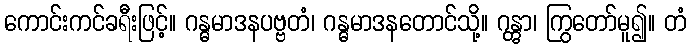
ကောင်းကင်ခရီးဖြင့်။ ဂန္ဓမာဒနပဗ္ဗတံ၊ ဂန္ဓမာဒနတောင်သို့။ ဂန္တွာ၊ ကြွတော်မူ၍။ တံ